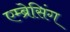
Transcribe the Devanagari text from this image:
एम्ब्रेसिंग